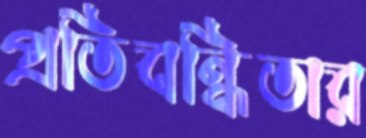
প্রতিবন্ধিতার